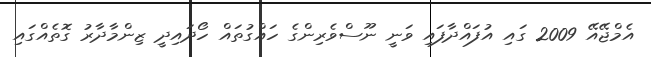
އެމްޖޭއޭ 2009 ގައި އުފައްދާފައި ވަނީ ނޫސްވެރިންގެ ހައްގުތައް ހޯދައިދީ ޒިންމާދާރު ގޮތެއްގައި